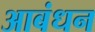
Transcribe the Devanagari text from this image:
आबंधन